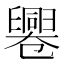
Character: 𠨩